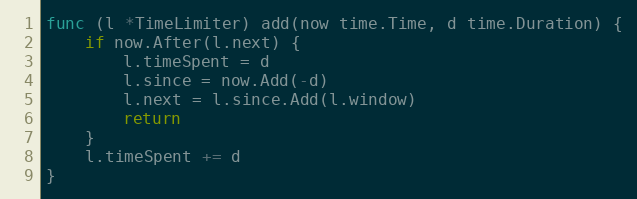
Language: Go
func (l *TimeLimiter) add(now time.Time, d time.Duration) {
	if now.After(l.next) {
		l.timeSpent = d
		l.since = now.Add(-d)
		l.next = l.since.Add(l.window)
		return
	}
	l.timeSpent += d
}